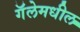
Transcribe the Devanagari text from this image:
गॅलेमधील